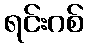
ရင်းဂစ်